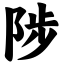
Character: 陟